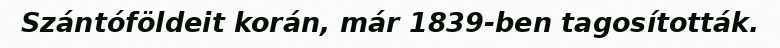
Szántóföldeit korán, már 1839-ben tagosították.